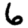
Digit: 6